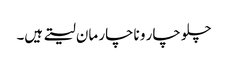
چلو چار و ناچار مان لیتے ہیں۔